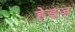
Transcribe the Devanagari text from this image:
हेड्ज